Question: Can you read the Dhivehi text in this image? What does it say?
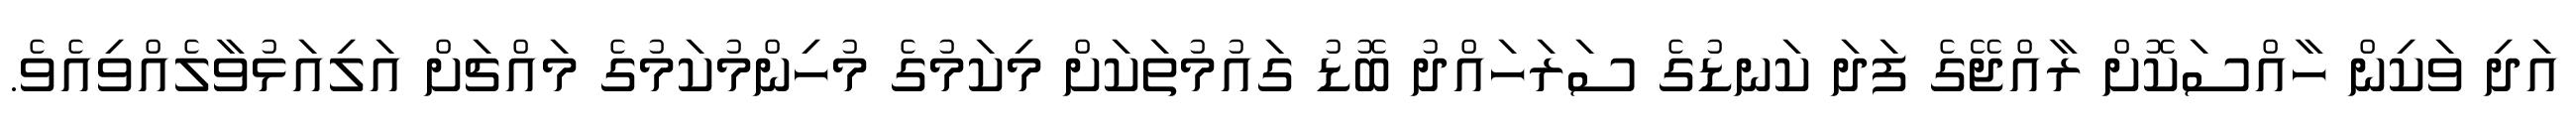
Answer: އަދި ވަކިން ހާއްސަކޮށް ރާއްޖޭގެ ފަދަ ކަނޑުގެ ސަރަހައްދު ބޮޑު ގައުމުތަކަށް މިކަމުގެ މުހިންމުކަމުގެ މައްޗަށް އަލިއަޅުވާލެއްވިއެވެ.